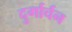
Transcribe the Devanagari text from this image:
दुर्गार्चन